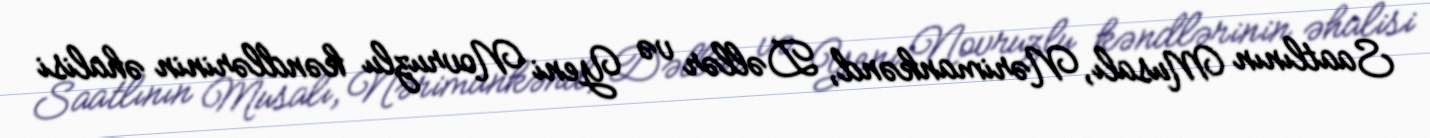
Saatlının Musalı, Nərimankənd, Dəllər və Yeni Novruzlu kəndlərinin əhalisi